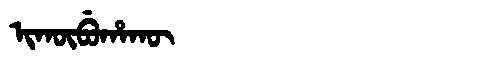
Manchu: ᡳᡴᡡᠪᡠᡥᠠᡴᡡ
Romanization: IKŪBUHAKŪ